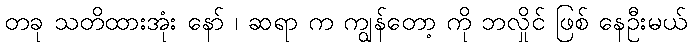
တခု သတိထားအုံး နော် ၊ ဆရာ က ကျွန်တော့ ကို ဘလှိုင် ဖြစ် နေဦးမယ်